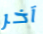
آخر